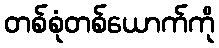
တစ်စုံတစ်ယောက်ကို